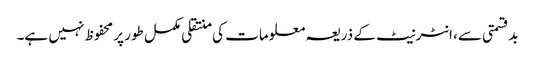
بدقسمتی سے، انٹرنیٹ کے ذریعہ معلومات کی منتقلی مکمل طور پر محفوظ نہیں ہے۔